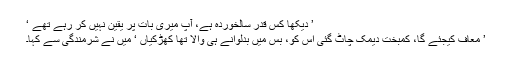
’ دیکھا کس قدر سالخوردہ ہے، آپ میری بات پر یقین نہیں کر رہے تھے ‘
’ معاف کیجئے گا، کمبخت دیمک چاٹ گئی اس کو، بس میں بدلوانے ہی والا تھا کھڑکیاں ‘ میں نے شرمندگی سے کہا۔